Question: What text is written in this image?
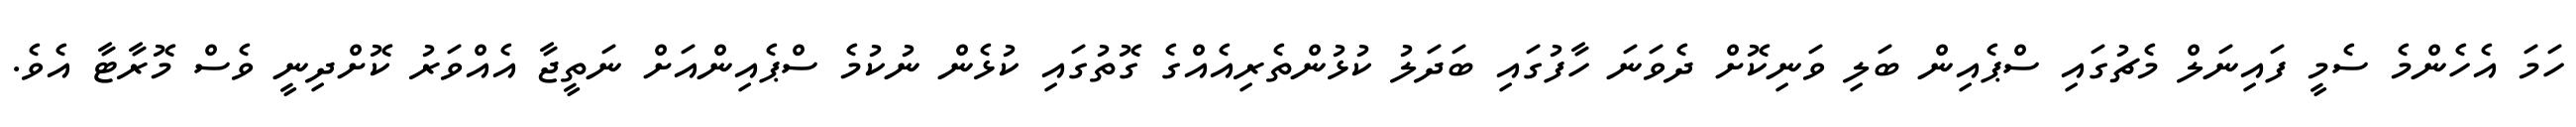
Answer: ހަމަ އެހެންމެ ސެމީ ފައިނަލް މެޗުގައި ސްޕެއިން ބަލި ވަނިކޮށް ދެވަނަ ހާފުގައި ބަދަލު ކުޅުންތެރިއެއްގެ ގޮތުގައި ކުޅެން ނުކުމެ ސްޕެއިންއަށް ނަތީޖާ އެއްވަރު ކޮށްދިނީ ވެސް މޮރާޓާ އެވެ.